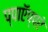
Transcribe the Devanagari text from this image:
प्पाऍप्पऱे